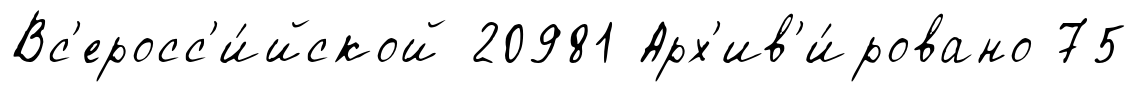
Вс'еросс'и́йской 20981 Арх'ив'и́ровано 75